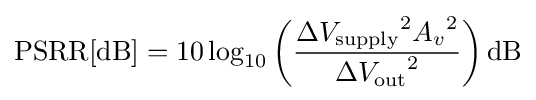
{\text{PSRR}}[{\text{dB}}]=10\log _{10}\left({\frac {\Delta {V_{\text{supply}}}^{2}{A_{v}}^{2}}{\Delta {V_{\text{out}}}^{2}}}\right){\text{dB}}